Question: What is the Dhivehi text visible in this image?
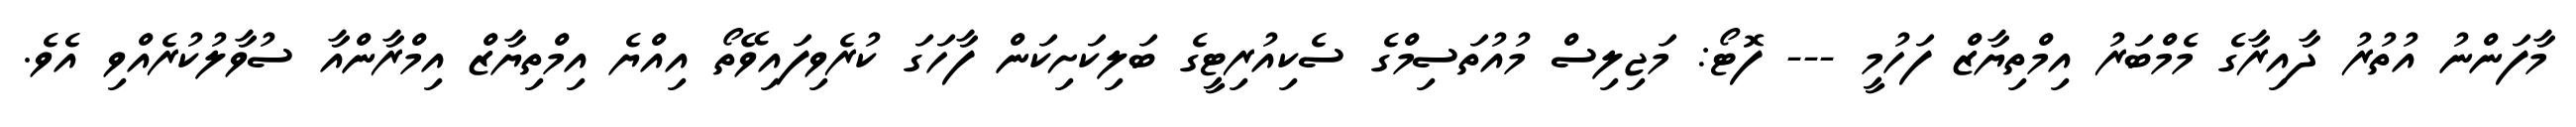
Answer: މާފަންނު އުތުރު ދާއިރާގެ މެމްބަރު އިމްތިޔާޒް ފަހުމީ --- ފޮޓޯ: މަޖިލިސް މުއުތަސިމްގެ ސެކިއުރިޓީގެ ބަލިކަށިކަން ފާހަގަ ކުރެވިފައިވޭތޯ އިއްޔެ އިމްތިޔާޒް އިމްރާންއާ ސުވާލުކުރެއްވި އެވެ.